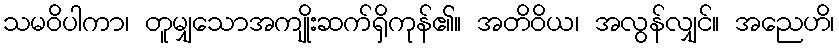
သမဝိပါကာ၊ တူမျှသောအကျိုးဆက်ရှိကုန်၏။ အတိဝိယ၊ အလွန်လျှင်။ အညေဟိ၊